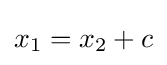
x_{1}=x_{2}+c